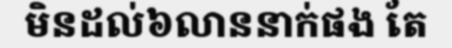
មិនដល់៦លាននាក់ផង តែ